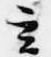
玄